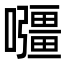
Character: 𭌡